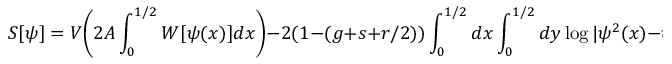
S [ \psi ] = V { \Biggr ( } 2 A \int _ { 0 } ^ { 1 / 2 } W [ \psi ( x ) ] d x { \Biggl ) } - 2 ( 1 - ( g + s + r / 2 ) ) \int _ { 0 } ^ { 1 / 2 } d x \int _ { 0 } ^ { 1 / 2 } d y \log | \psi ^ { 2 } ( x ) - \psi ^ { 2 } ( y ) | .